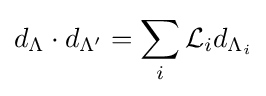
d_{\Lambda }\cdot d_{\Lambda '}=\sum _{i}{\mathcal {L}}_{i}d_{\Lambda _{i}}